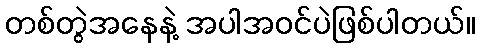
တစ်တွဲအနေနဲ့ အပါအဝင်ပဲဖြစ်ပါတယ်။